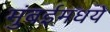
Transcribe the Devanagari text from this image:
मुंबईमधये